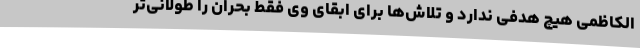
الکاظمی هیچ هدفی ندارد و تلاش‌ها برای ابقای وی فقط بحران را طولانی‌تر